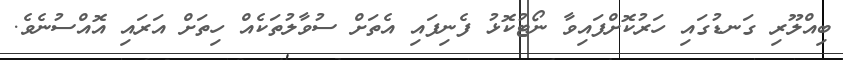
ބިއްލޫރި ގަނޑުގައި ހަރުކޮށްފައިވާ ނޯޓުކޮޅު ފެނިފައި އެތަށް ސުވާލުތަކެއް ހިތަށް އަރައި އޮއްސުނެވެ.